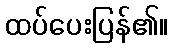
ထပ်ပေးပြန်၏။